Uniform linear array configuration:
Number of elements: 4
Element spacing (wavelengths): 0.25
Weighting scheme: cosine
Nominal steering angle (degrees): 15
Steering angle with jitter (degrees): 13.854
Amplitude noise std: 0.05
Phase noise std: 0.05

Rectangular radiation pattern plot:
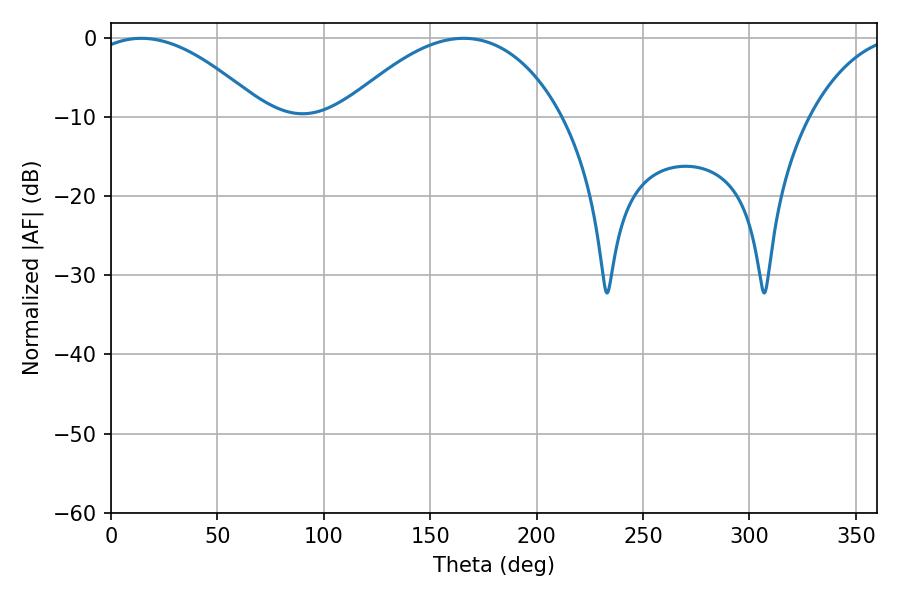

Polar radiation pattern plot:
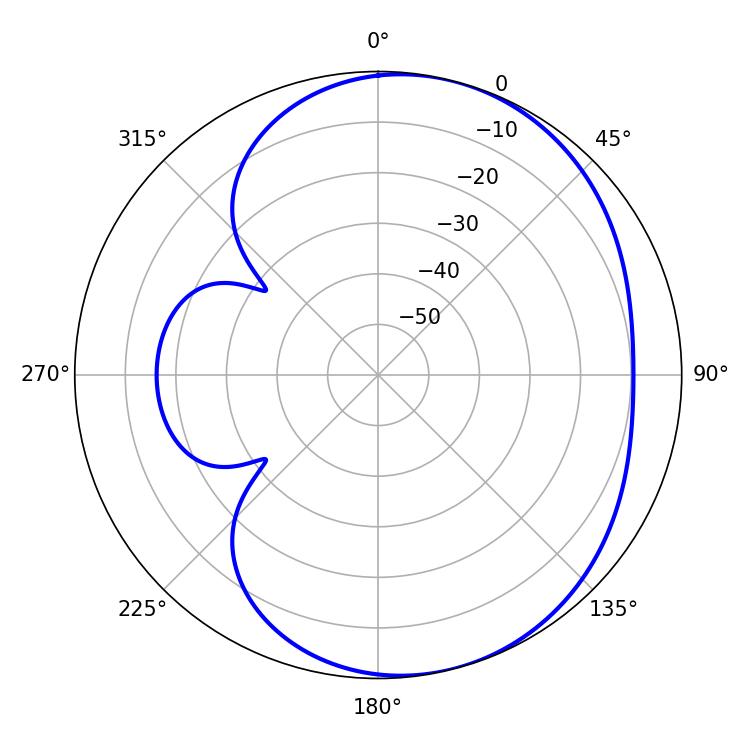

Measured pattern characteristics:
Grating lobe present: FALSE
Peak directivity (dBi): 4.914
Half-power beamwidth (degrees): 45.18
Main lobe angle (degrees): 14.22